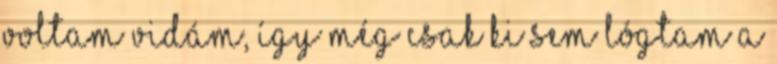
voltam vidám, így még csak ki sem lógtam a